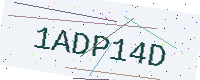
Text: 1ADP14D